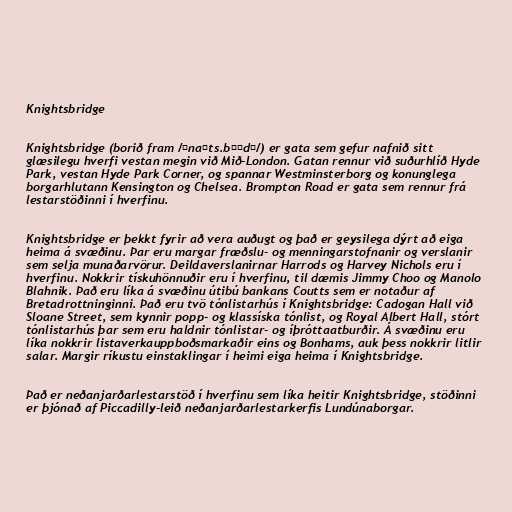
Knightsbridge

Knightsbridge (borið fram /ˌnaɪts.bɹɪdʒ/) er gata sem gefur nafnið sitt
glæsilegu hverfi vestan megin við Mið-London. Gatan rennur við suðurhlíð Hyde
Park, vestan Hyde Park Corner, og spannar Westminsterborg og konunglega
borgarhlutann Kensington og Chelsea. Brompton Road er gata sem rennur frá
lestarstöðinni í hverfinu.

Knightsbridge er þekkt fyrir að vera auðugt og það er geysilega dýrt að eiga
heima á svæðinu. Þar eru margar fræðslu- og menningarstofnanir og verslanir
sem selja munaðarvörur. Deildaverslanirnar Harrods og Harvey Nichols eru í
hverfinu. Nokkrir tískuhönnuðir eru í hverfinu, til dæmis Jimmy Choo og Manolo
Blahnik. Það eru líka á svæðinu útibú bankans Coutts sem er notaður af
Bretadrottninginni. Það eru tvö tónlistarhús í Knightsbridge: Cadogan Hall við
Sloane Street, sem kynnir popp- og klassíska tónlist, og Royal Albert Hall, stórt
tónlistarhús þar sem eru haldnir tónlistar- og íþróttaatburðir. Á svæðinu eru
líka nokkrir listaverkauppboðsmarkaðir eins og Bonhams, auk þess nokkrir litlir
salar. Margir ríkustu einstaklingar í heimi eiga heima í Knightsbridge.

Það er neðanjarðarlestarstöð í hverfinu sem líka heitir Knightsbridge, stöðinni
er þjónað af Piccadilly-leið neðanjarðarlestarkerfis Lundúnaborgar.